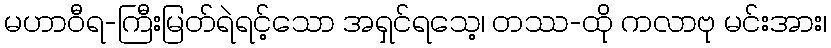
မဟာဝီရ-ကြီးမြတ်ရဲရင့်သော အရှင်ရသေ့၊ တဿ-ထို ကလာဗု မင်းအား၊